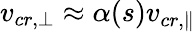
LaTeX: v_{cr,\bot}\approx\alpha(s)v_{cr,\| }